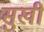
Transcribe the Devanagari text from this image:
सुखी